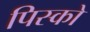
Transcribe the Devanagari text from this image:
पिस्को